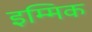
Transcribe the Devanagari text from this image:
इम्मिक